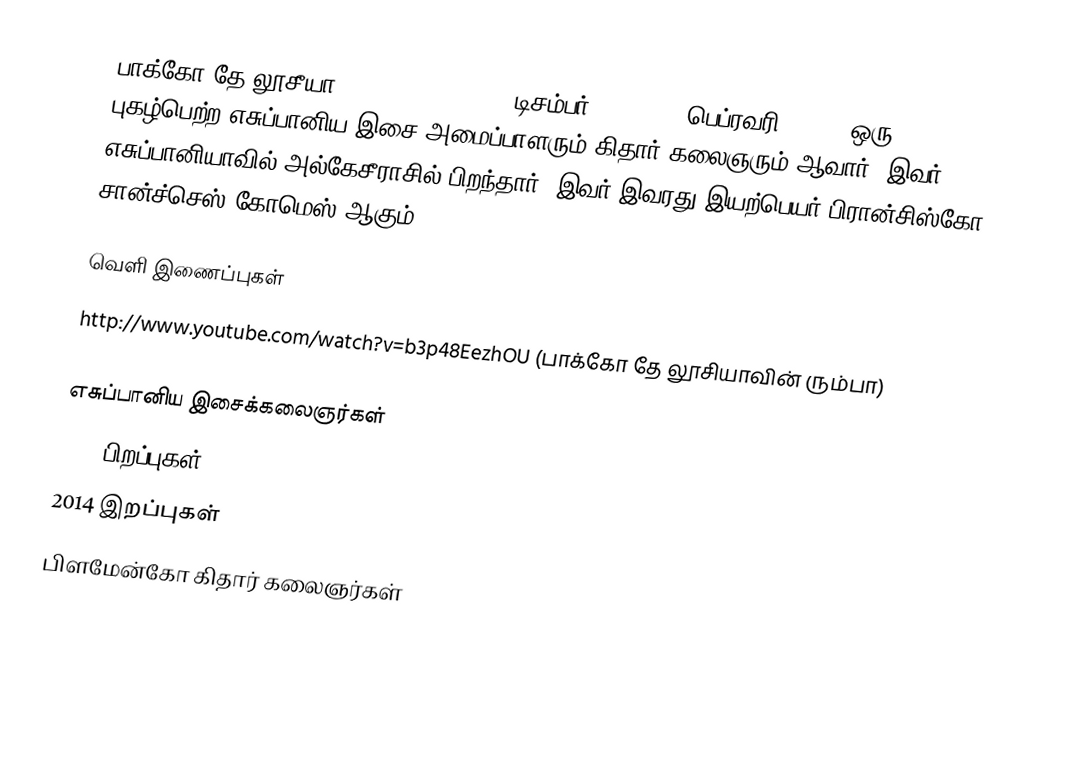
பாக்கோ தே லூசீயா (Paco de Lucía, 21 டிசம்பர் 1947 – 25 பெப்ரவரி 2014), ஒரு புகழ்பெற்ற எசுப்பானிய இசை அமைப்பாளரும் கிதார் கலைஞரும் ஆவார். இவர் எசுப்பானியாவில் அல்கேசீராசில் பிறந்தார். இவர் இவரது இயற்பெயர் பிரான்சிஸ்கோ சான்ச்செஸ் கோமெஸ் ஆகும்.

வெளி இணைப்புகள்
http://www.youtube.com/watch?v=b3p48EezhOU (பாக்கோ தே லூசியாவின் ரும்பா)

எசுப்பானிய இசைக்கலைஞர்கள்
1947 பிறப்புகள்
2014 இறப்புகள்
பிளமேன்கோ கிதார் கலைஞர்கள்